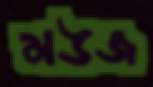
মউজ